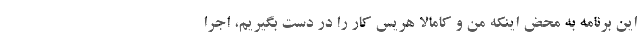
این برنامه به محض اینکه من و کامالا هریس کار را در دست بگیریم، اجرا